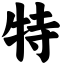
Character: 特